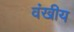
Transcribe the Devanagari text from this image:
वंखीय